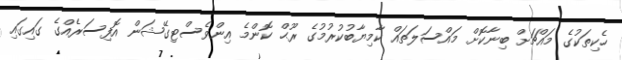
ހެކިތަކުގެ މައްޗަށް ބިނާކޮށް މައްސަލަތައް ކާމިޔާބުކުރުމުގެ ރޫޙް ކޮންމެ އިންވެސްޓިގޭޝަން އޮފިސަރެއްގެ ގައިގައި